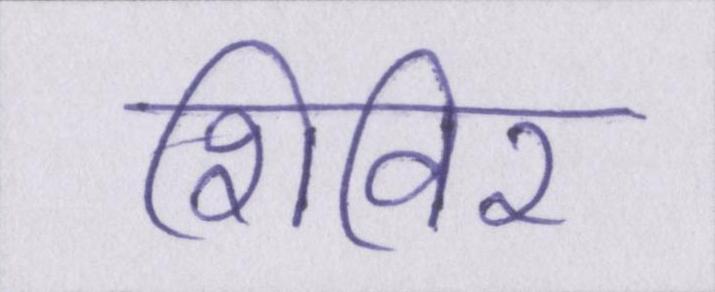
शिविर